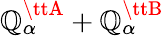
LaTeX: {\mathbb{Q}}_{\alpha}^{{\ttA}}+{\mathbb{Q}}_{\alpha}^{{\ttB}}